Report on vaccination in Madras 1922-1929 - 1922-1929
Year: 1922
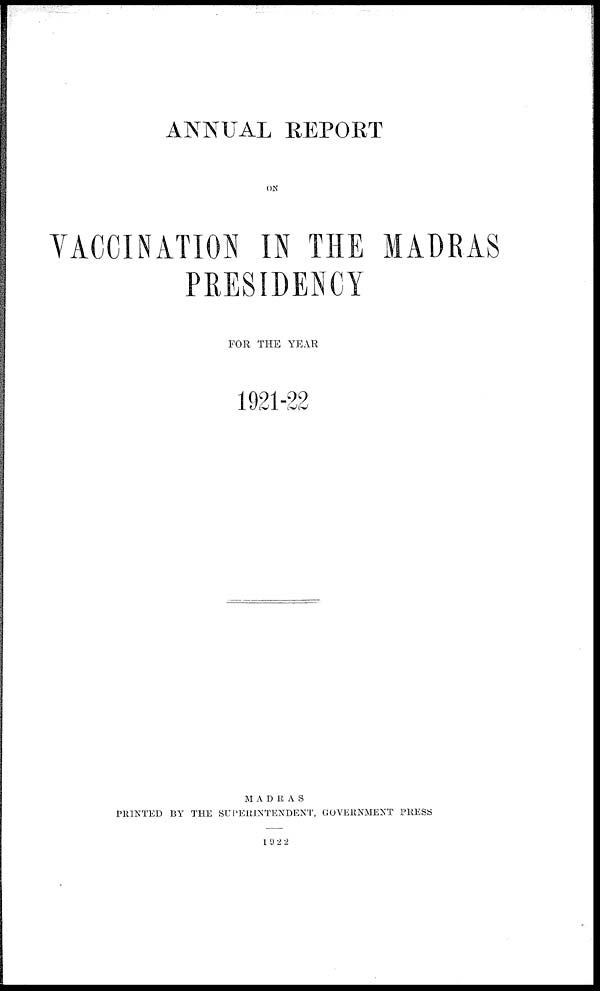
ANNUAL REPORT
ON
VACCINATION IN THE MADRAS
PRESIDENCY
FOR THE YEAR
1921-22
MADRAS
PRINTED BY THE SUPERINTENDENT, GOVERNMENT PRESS
1922